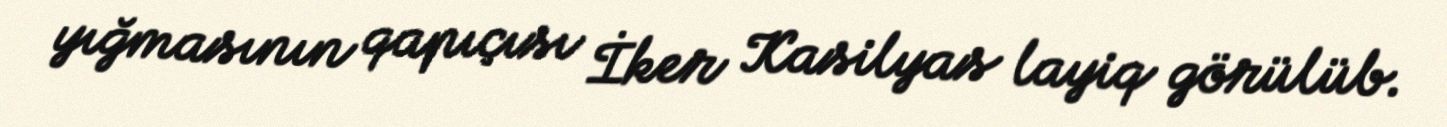
yığmasının qapıçısı İker Kasilyas layiq görülüb.